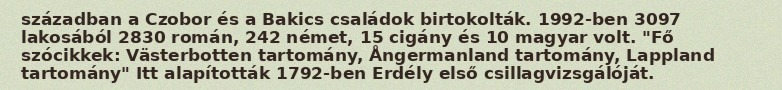
században a Czobor és a Bakics családok birtokolták. 1992-ben 3097 lakosából 2830 román, 242 német, 15 cigány és 10 magyar volt. "Fő szócikkek: Västerbotten tartomány, Ångermanland tartomány, Lappland tartomány" Itt alapították 1792-ben Erdély első csillagvizsgálóját.